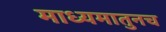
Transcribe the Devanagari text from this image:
माध्यमातुनच